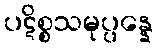
ပဋိစ္စသမုပ္ပန္နေ